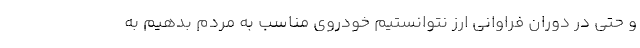
و حتی در دوران فراوانی ارز نتوانستیم خودروی مناسب به مردم بدهیم به